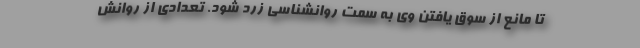
تا مانع از سوق یافتن وی به سمت روانشناسی زرد شود. تعدادی از روانش